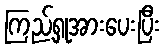
ကြည့်ရှုအားပေးပြီး